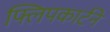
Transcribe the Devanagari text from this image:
फ्लिपकार्टने